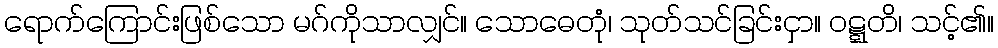
ရောက်ကြောင်းဖြစ်သော မဂ်ကိုသာလျှင်။ သောဓေတုံ၊ သုတ်သင်ခြင်းငှာ။ ဝဋ္ဋတိ၊ သင့်၏။